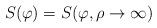
LaTeX: \begin{align*}S(\varphi )=S(\varphi ,\rho \rightarrow \infty )\end{align*}